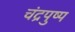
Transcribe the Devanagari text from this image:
चंद्रपुष्प